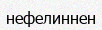
нефелиннен